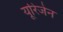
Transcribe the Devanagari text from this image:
यूरिजेन